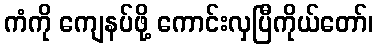
ကံကို ကျေနပ်ဖို့ ကောင်းလှပြီကိုယ်တော်၊